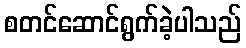
စတင်ဆောင်ရွက်ခဲ့ပါသည်